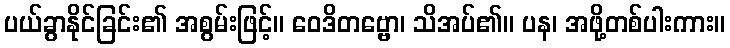
ပယ်ခွာနိုင်ခြင်း၏ အစွမ်းဖြင့်။ ဝေဒိတဗ္ဗော၊ သိအပ်၏။ ပန၊ အဖို့တစ်ပါးကား။